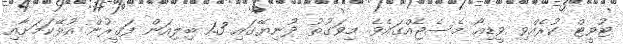
ޓުވީޓް ކުރެއްވި ވީޑިއޯ މެސެޖެއްގައެވެ. މިވަގުތު ދުނިޔޭގައި 1.3 ބިލިއަން ފަޤީރުން އުޅޭކަމަށާއި